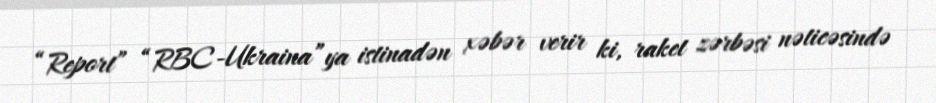
“Report” “RBC-Ukraina”ya istinadən xəbər verir ki, raket zərbəsi nəticəsində